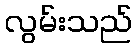
လွမ်းသည်